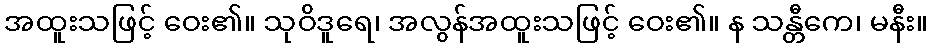
အထူးသဖြင့် ဝေး၏။ သုဝိဒူရေ၊ အလွန်အထူးသဖြင့် ဝေး၏။ န သန္တီကေ၊ မနီး။